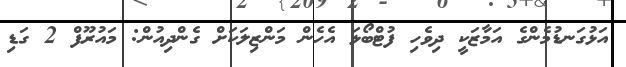
އަޅުގަނޑުމެންގެ އަމާޒަކީ ދިވެހި ފުޓްބޯޅަ އެހެން މަންޒިލަކަށް ގެންދިއުން: މައުރޫފް 2 ގަޑި